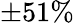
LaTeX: \pm 51\%